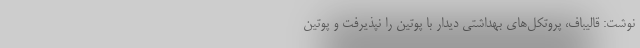
نوشت: قالیباف، پروتکل‌های بهداشتی دیدار با پوتین را نپذیرفت و پوتین